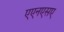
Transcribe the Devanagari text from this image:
एएनएसए